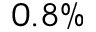
0 . 8 \%